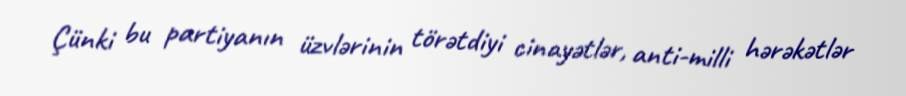
Çünki bu partiyanın üzvlərinin törətdiyi cinayətlər, anti-milli hərəkətlər